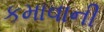
કમાવાની